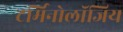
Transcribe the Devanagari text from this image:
टर्मिनोलॉजिय